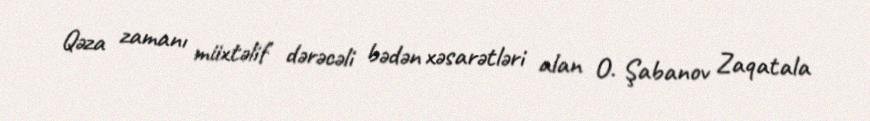
Qəza zamanı müxtəlif dərəcəli bədən xəsarətləri alan O. Şabanov Zaqatala